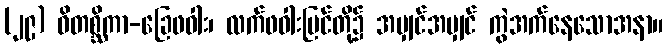
(၂၉) ဝိတစ္ဆိကာ-ခြေဖဝါး၊ လက်ဖဝါးပြင်တို့၌ အမျှင်အမျှင် ကွဲအက်နေသောအနာ။